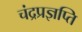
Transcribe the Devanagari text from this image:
चंद्रप्रज्ञप्ति